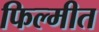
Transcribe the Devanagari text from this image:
फिल्मीत